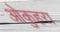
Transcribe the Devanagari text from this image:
ओकुहरा